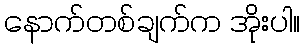
နောက်တစ်ချက်က အိုးပါ။